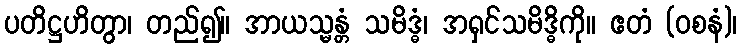
ပတိဋ္ဌဟိတွာ၊ တည်၍။ အာယသ္မန္တံ သမိဒ္ဓံ၊ အရှင်သမိဒ္ဓိကို။ ဧတံ (ဝစနံ)၊